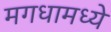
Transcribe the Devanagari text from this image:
मगधामध्ये